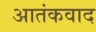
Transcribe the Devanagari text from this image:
अातंकवाद